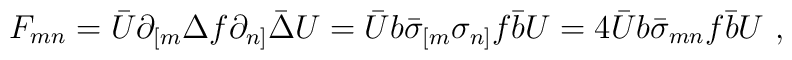
F_{mn} =\bar U\partial_{[m}\Delta f \partial_{n]}\bar\Delta U =\bar Ub \bar\sigma_{[m}\sigma_{n]}f \bar{b} U  =4\bar U b \bar\sigma_{mn}f\bar b U\ ,